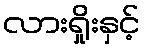
လားရှိုးနှင့်